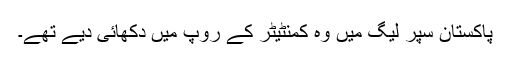
پاکستان سپر لیگ میں وہ کمنٹیٹر کے روپ میں دکھائی دیے تھے۔